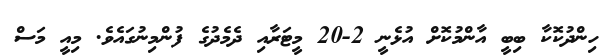
ހިންދުކޮކާ ބިބީ އާންމުކޮށް އުޅެނީ 2-20 މީޓަރާއި ދެމެދުގެ ފުންމިނުގައެވެ. މިއީ މަސް